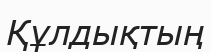
Құлдықтың